Annual report of the Imperial Bacteriologist
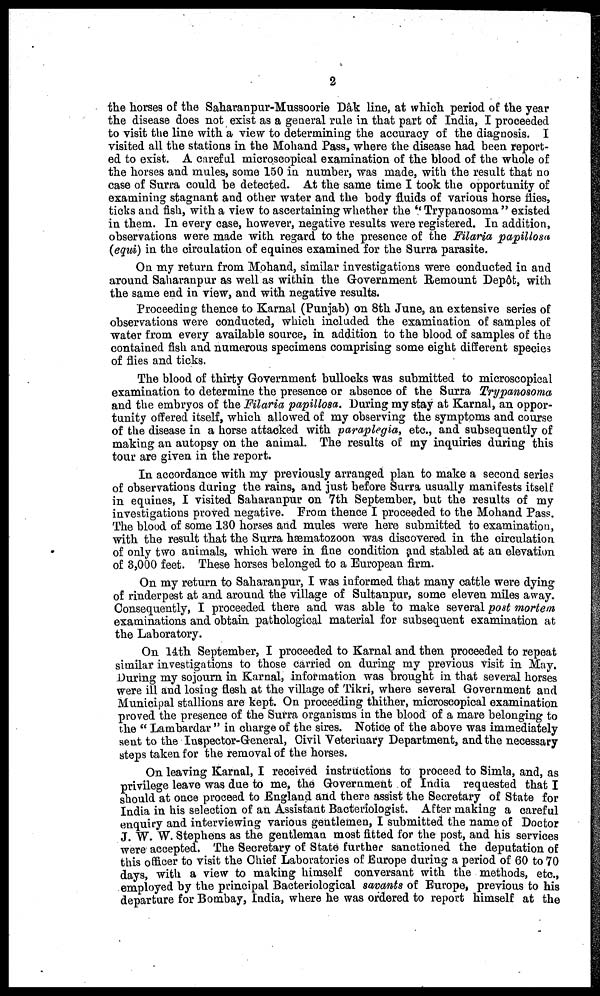
2
the horses of the Saharanpur-Mussoorie Dâk line, at which period of the year
the disease does not exist as a general rule in that part of India, I proceeded
to visit the line with a view to determining the accuracy of the diagnosis. I
visited all the stations in the Mohand Pass, where the disease had been report-
ed to exist. A careful microscopical examination of the blood of the whole of
the horses and mules, some 150 in number, was made, with the result that no
case of Surra could be detected. At the same time I took the opportunity of
examining stagnant and other water and the body fluids of various horse flies,
ticks and fish, with a view to ascertaining whether the " Trypanosoma " existed
in them. In every case, however, negative results were registered. In addition,
observations were made with regard to the presence of the Filaria papillosa
(equi) in the circulation of equines examined for the Surra parasite.
On my return from Mohand, similar investigations were conducted in and
around Saharanpur as well as within the Government Remount Depôt, with
the same end in view, and with negative results.
Proceeding thence to Karnal (Punjab) on 8th June, an extensive series of
observations were conducted, which included the examination of samples of
water from every available source, in addition to the blood of samples of the
contained fish and numerous specimens comprising some eight different species
of flies and ticks.
The blood of thirty Government bullocks was submitted to microscopical
examination to determine the presence or absence of the Surra Trypanosoma
and the embryos of the Filaria papillosa. During my stay at Karnal, an oppor-
tunity offered itself, which allowed of my observing the symptoms and course
of the disease in a horse attacked with paraplegia, etc., and subsequently of
making an autopsy on the animal. The results of my inquiries during this
tour are given in the report.
In accordance with my previously arranged plan to make a second series
of observations during the rains, and just before Surra usually manifests itself
in equines, I visited Saharanpur on 7th September, but the results of my
investigations proved negative. From thence I proceeded to the Mohand Pass.
The blood of some 130 horses and mules were here submitted to examination,
with the result that the Surra hæmatozoon was discovered in the circulation
of only two animals, which were in fine condition and stabled at an elevation
of 3,000 feet. These horses belonged to a European firm.
On my return to Saharanpur, I was informed that many cattle were dying
of rinderpest at and around the village of Sultanpur, some eleven miles away.
Consequently, I proceeded there and was able to make several post mortem
examinations and obtain pathological material for subsequent examination at
the Laboratory.
On 14th September, I proceeded to Karnal and then proceeded to repeat
similar investigations to those carried on during my previous visit in May.
During my sojourn in Karnal, information was brought in that several horses
were ill and losing flesh at the village of Tikri, where several Government and
Municipal stallions are kept. On proceeding thither, microscopical examination
proved the presence of the Surra organisms in the blood of a mare belonging to
the " Lambardar " in charge of the sires. Notice of the above was immediately
sent to the Inspector-General, Civil Veterinary Department, and the necessary
steps taken for the removal of the horses.
On leaving Karnal, I received instructions to proceed to Simla, and, as
privilege leave was due to me, the Government of India requested that I
should at once proceed to England and there assist the Secretary of State for
India in his selection of an Assistant Bacteriologist. After making a careful
enquiry and interviewing various gentlemen, I submitted the name of Doctor
J. W. W. Stephens as the gentleman most fitted for the post, and his services
were accepted. The Secretary of State further sanctioned the deputation of
this officer to visit the Chief Laboratories of Europe during a period of 60 to 70
days, with a view to making himself conversant with the methods, etc.,
employed by the principal Bacteriological savants of Europe, previous to his
departure for Bombay, India, where he was ordered to report himself at the